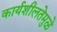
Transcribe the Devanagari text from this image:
कार्यशीलतेमुळे